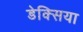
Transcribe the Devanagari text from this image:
डेक्सिया